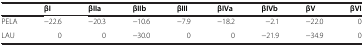
|  | βI | βIIa | βIIb | βIII | βIVa | βIVb | βV | βVI |
 | --- | --- | --- | --- | --- | --- | --- | --- | --- |
 | PELA | -22.6 | -20.3 | -10.6 | -7.9 | -18.2 | -2.1 | -22.0 | 0 |
 | LAU | 0 | 0 | -30.0 | 0 | 0 | -21.9 | -34.9 | 0 |